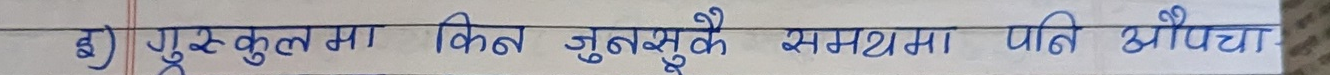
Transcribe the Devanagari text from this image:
क) गुरुकुलमा किन जुमुके समस्या पनि औपचा